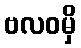
ဗလဝမှိ